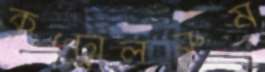
কন্ট্রোলরুম